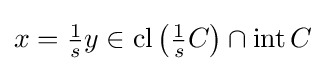
x={\tfrac {1}{s}}y\in \operatorname {cl} \left({\tfrac {1}{s}}C\right)\cap \operatorname {int} C